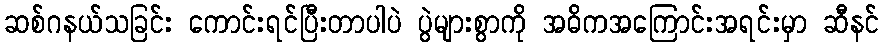
ဆစ်ဂနယ်သခြင်း ကောင်းရင်ပြီးတာပါပဲ ပွဲများစွာကို အဓိကအကြောင်းအရင်းမှာ ဆီနင်